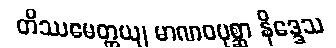
တိဿမေတ္တယျ မာဏဝပုစ္ဆာ နိဒ္ဒေသ